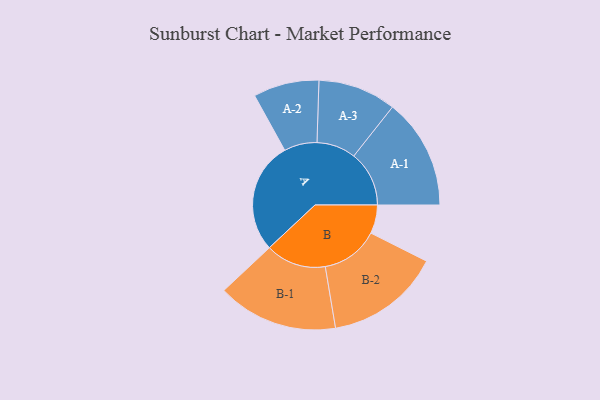
{"axis": {"x": "Segment", "y": "Value"}, "legend": ["", "A", "B"], "data": [{"x": "A", "y": 488, "type": ""}, {"x": "B", "y": 125, "type": ""}, {"x": "A-1", "y": 242, "type": "A"}, {"x": "A-2", "y": 144, "type": "A"}, {"x": "A-3", "y": 171, "type": "A"}, {"x": "B-1", "y": 264, "type": "B"}, {"x": "B-2", "y": 252, "type": "B"}]}